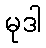
မုဒါ